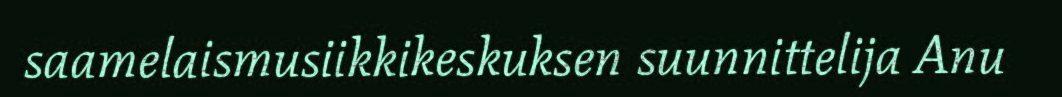
saamelaismusiikkikeskuksen suunnittelija Anu